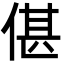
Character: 偡